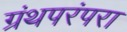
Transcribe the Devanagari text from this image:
ग्रंथपरंपरा